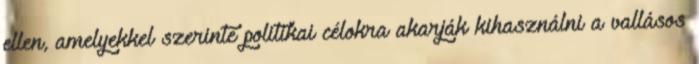
ellen, amelyekkel szerinte politikai célokra akarják kihasználni a vallásos